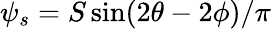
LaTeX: \psi_{s}=S\sin(2\theta-2\phi)/\pi